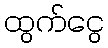
ထွက်ငွေ